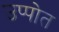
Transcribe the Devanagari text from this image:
उप्पोत